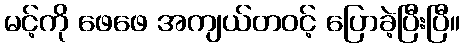
မင့်ကို ဖေဖေ အကျယ်တဝင့် ပြောခဲ့ပြီးပြီ။